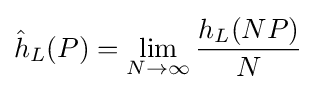
{\hat {h}}_{L}(P)=\lim _{N\rightarrow \infty }{\frac {h_{L}(NP)}{N}}